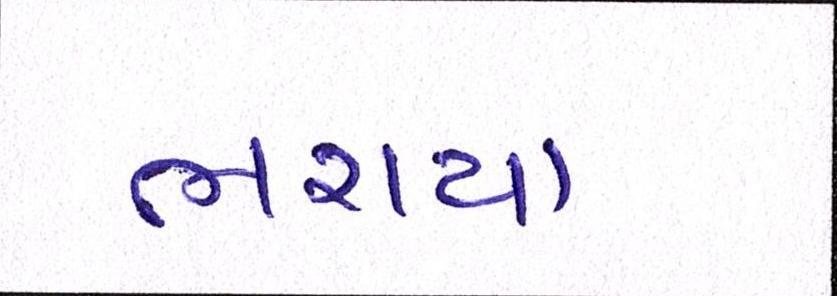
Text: ભરાયા